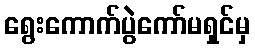
ရွေးကောက်ပွဲကော်မရှင်မှ